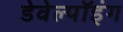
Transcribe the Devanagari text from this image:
डेवेल्पॉइंग